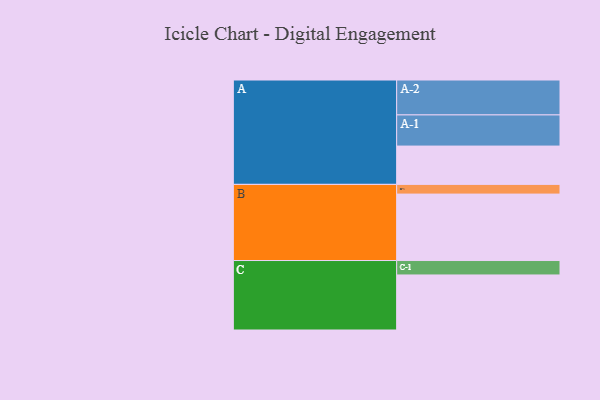
{"axis": {"x": "Segment", "y": "Value"}, "legend": ["", "A", "B", "C"], "data": [{"x": "A", "y": 316, "type": ""}, {"x": "B", "y": 548, "type": ""}, {"x": "C", "y": 454, "type": ""}, {"x": "A-1", "y": 257, "type": "A"}, {"x": "A-2", "y": 288, "type": "A"}, {"x": "B-1", "y": 80, "type": "B"}, {"x": "C-1", "y": 119, "type": "C"}]}